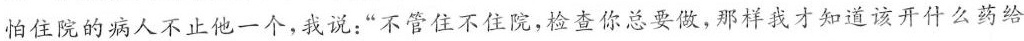
怕住院的病人不止他一个，我说：”不管住不住院，检查你总要做，那样我才知道该开什么药给